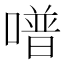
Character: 𠽾